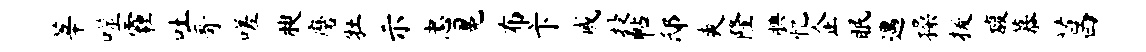
莘噬霾吐哥嗟腴磨牡示忠冕布卞戚投帖邸爽隆腆忆企眠遇操援馥慕菖